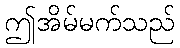
ဤအိမ်မက်သည်